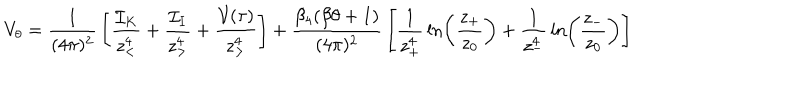
V _ { \theta } = { \frac { 1 } { ( 4 \pi ) ^ { 2 } } } \left[ { \frac { { \cal I } _ { K } } { z _ { < } ^ { 4 } } } + { \frac { { \cal I } _ { I } } { z _ { > } ^ { 4 } } } + { \frac { { \cal V } ( \tau ) } { z _ { > } ^ { 4 } } } \right] + { \frac { \beta _ { 4 } ( \beta \theta + 1 ) } { ( 4 \pi ) ^ { 2 } } } \left[ { \frac { 1 } { z _ { + } ^ { 4 } } } \ln \left( { \frac { z _ { + } } { z _ { 0 } } } \right) + { \frac { 1 } { z _ { - } ^ { 4 } } } \ln \left( { \frac { z _ { - } } { z _ { 0 } } } \right) \right]